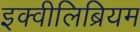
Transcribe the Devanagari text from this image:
इक्वीलिब्रियम